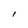
Character: l